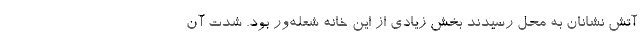
آتش نشانان به محل رسیدند بخش زیادی از این خانه شعله‌ور بود. شدت آن